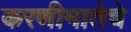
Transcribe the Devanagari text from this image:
करणीमातेचे